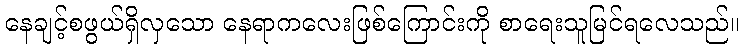
နေချင့်စဖွယ်ရှိလှသော နေရာကလေးဖြစ်ကြောင်းကို စာရေးသူမြင်ရလေသည်။